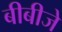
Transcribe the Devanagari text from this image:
बीबीजे